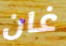
غان